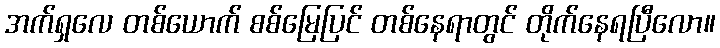
အက်ရှလေ တစ်ယောက် စစ်မြေပြင် တစ်နေရာတွင် တိုက်နေရပြီလော။